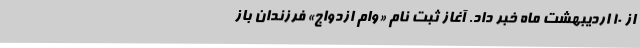
از ۱۰ اردیبهشت ماه خبر داد. آغاز ثبت نام «وام ازدواج» فرزندان باز